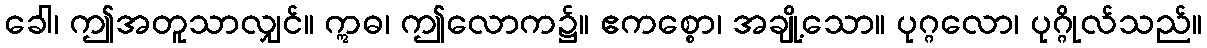
ခေါ၊ ဤအတူသာလျှင်။ ဣဓ၊ ဤလောက၌။ ဧကစ္စော၊ အချို့သော။ ပုဂ္ဂလော၊ ပုဂ္ဂိုလ်သည်။